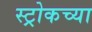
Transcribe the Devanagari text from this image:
स्ट्रोकच्या